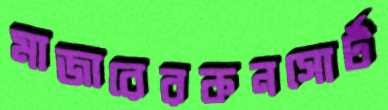
মাজারেরকনসোর্ট